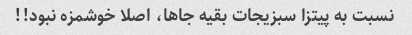
نسبت به پیتزا سبزیجات بقیه جاها، اصلا خوشمزه نبود!!